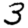
Digit: 3